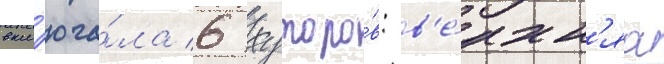
вкл'юча́ла 6 хуторо́в: в'е́рхн'яа